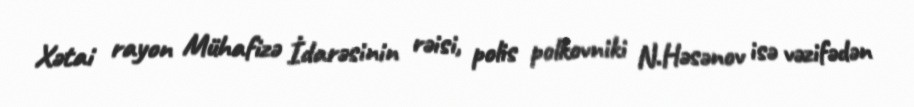
Xətai rayon Mühafizə İdarəsinin rəisi, polis polkovniki N.Həsənov isə vəzifədən